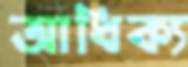
আধিক্য